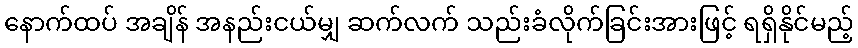
နောက်ထပ် အချိန် အနည်းငယ်မျှ ဆက်လက် သည်းခံလိုက်ခြင်းအားဖြင့် ရရှိနိုင်မည့်